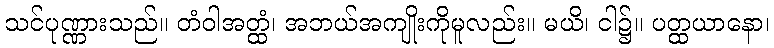
သင်ပုဏ္ဏားသည်။ တံဝါအတ္ထံ၊ အဘယ်အကျိုးကိုမူလည်း။ မယိ၊ ငါ၌။ ပတ္ထယာနော၊